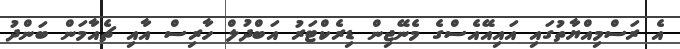
އެ ރަސްމިއްޔާތުގައި އައިއޭއެސްގެ މެނޭޖިން ޑިރެކްޓަރު އަބްދުލް ހާރިސް އާއި ޗެއާމަން ބަންދު